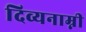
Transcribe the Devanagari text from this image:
दिव्यनाम्नी